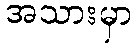
အသားမှာ